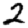
Digit: 2